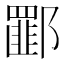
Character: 𰻾